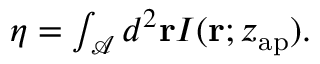
\begin{array} { r } { \eta = \int _ { \mathcal { A } } d ^ { 2 } \mathbf { r } I ( \mathbf { r } ; z _ { \mathrm { a p } } ) . } \end{array}